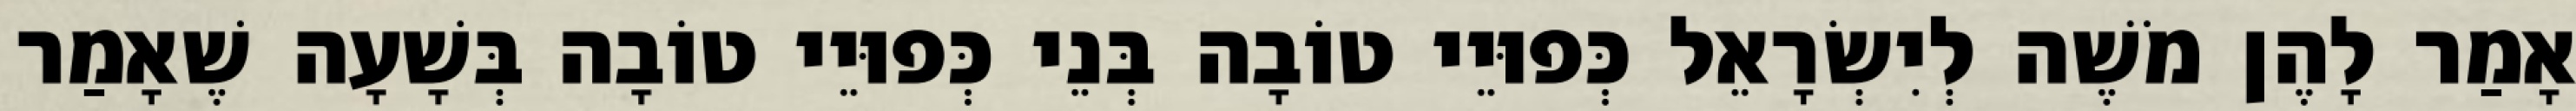
אָמַר לָהֶן מֹשֶׁה לְיִשְׂרָאֵל כְּפוּיֵי טוֹבָה בְּנֵי כְּפוּיֵי טוֹבָה בְּשָׁעָה שֶׁאָמַר